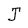
Character: J